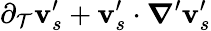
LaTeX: {\partial_{\mathcal{T}}\mathbf{v}_{s}^{\prime}+\mathbf{v}_{s}^{\prime}\cdot\boldsymbol\nabla^{\prime}\mathbf{v}_{s}^{\prime}}